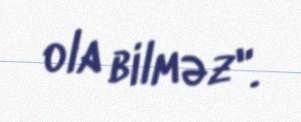
ola bilməz".